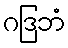
ဂဒြဘံ